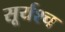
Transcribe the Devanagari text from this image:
सूर्यश्च